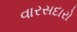
વારસદારો